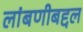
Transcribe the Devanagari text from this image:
लांबणीबद्दल